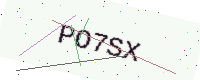
Text: PO7SX